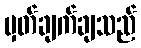
မှတ်ချက်ချသည်